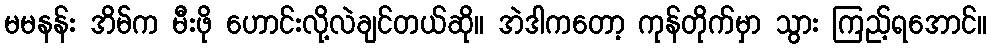
မမနန်း အိမ်က မီးဖို ဟောင်းလို့လဲချင်တယ်ဆို။ အဲဒါကတော့ ကုန်တိုက်မှာ သွား ကြည့်ရအောင်။